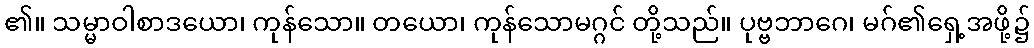
၏။ သမ္မာဝါစာဒယော၊ ကုန်သော။ တယော၊ ကုန်သောမဂ္ဂင် တို့သည်။ ပုဗ္ဗဘာဂေ၊ မဂ်၏ရှေ့အဖို့၌